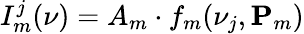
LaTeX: I_{m}^{j}(\nu)=A_{m}\cdot f_{m}(\nu_{j},{\mathbf P_{m}})